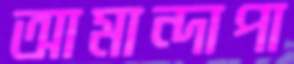
আমান্দাপা